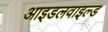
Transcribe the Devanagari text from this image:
आइडलवाइल्ड